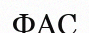
ФАС